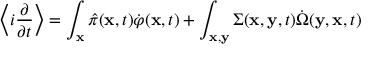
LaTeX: \left\langle i \frac { \partial } { \partial t } \right\rangle = \int _ { \bf x } \hat { \pi } ( { \bf x } , t ) \dot { \varphi } ( { \bf x } , t ) + \int _ { \bf x , y } \Sigma ( { \bf x } , { \bf y } , t ) \dot { \Omega } ( { \bf y } , { \bf x } , t )